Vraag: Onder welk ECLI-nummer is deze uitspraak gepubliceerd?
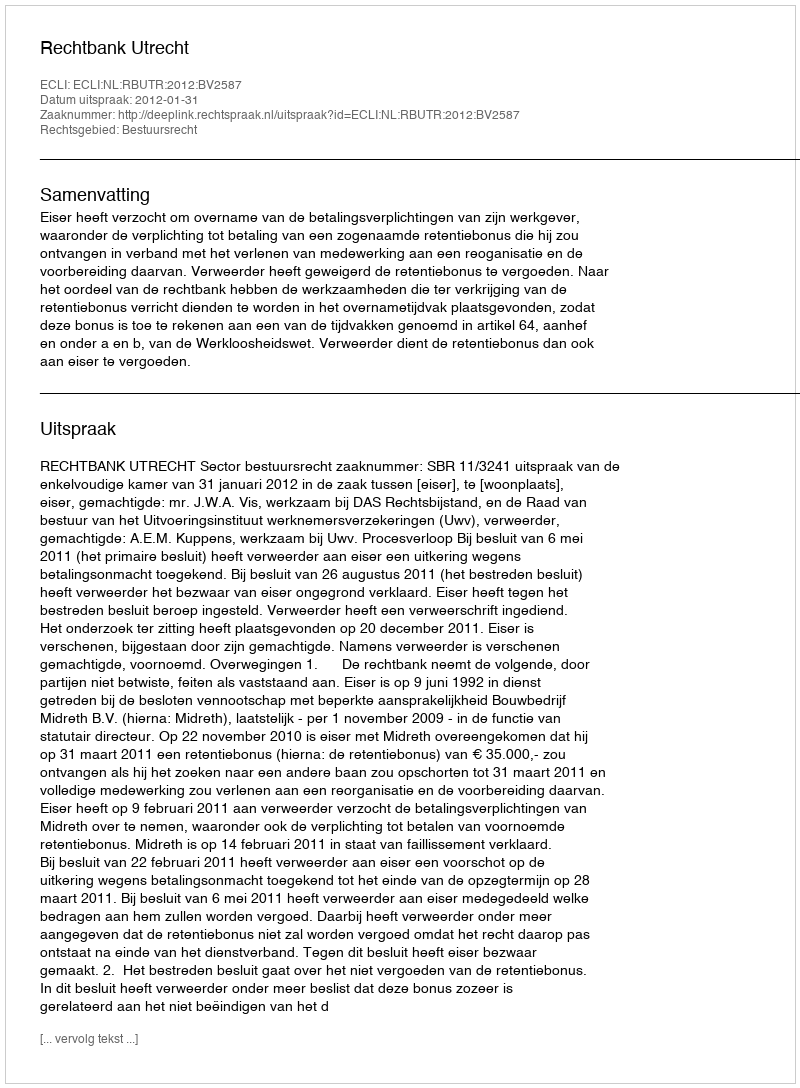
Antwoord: ECLI:NL:RBUTR:2012:BV2587